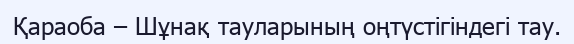
Қараоба – Шұнақ тауларының оңтүстігіндегі тау.